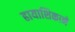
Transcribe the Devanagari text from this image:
हायाशिकाने